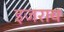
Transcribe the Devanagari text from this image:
इजराय